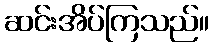
ဆင်းအိပ်ကြသည်။